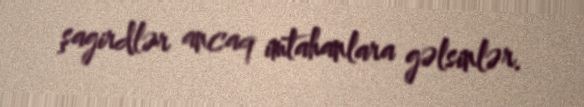
şagirdlər ancaq imtahanlara gəlsinlər.